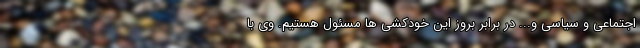
اجتماعی و سیاسی و... در برابر بروز این خودکشی ها مسئول هستیم. وی با